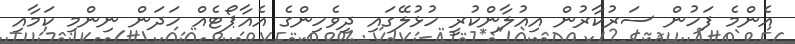
އެންމެ ފަހުން ސަރުކާރުން އިއުލާންކުރީ ހުޅުލޭގައި ދިވެހިންގެ އެއާޕޯޓެއް ހަދަން ނިންމި ކަމާއި